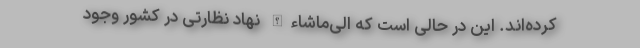
كرده‌اند. این در حالی است که الی‌ماشاء‌الله نهاد نظارتی در کشور وجود